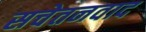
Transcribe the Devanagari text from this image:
सचेतनवाद